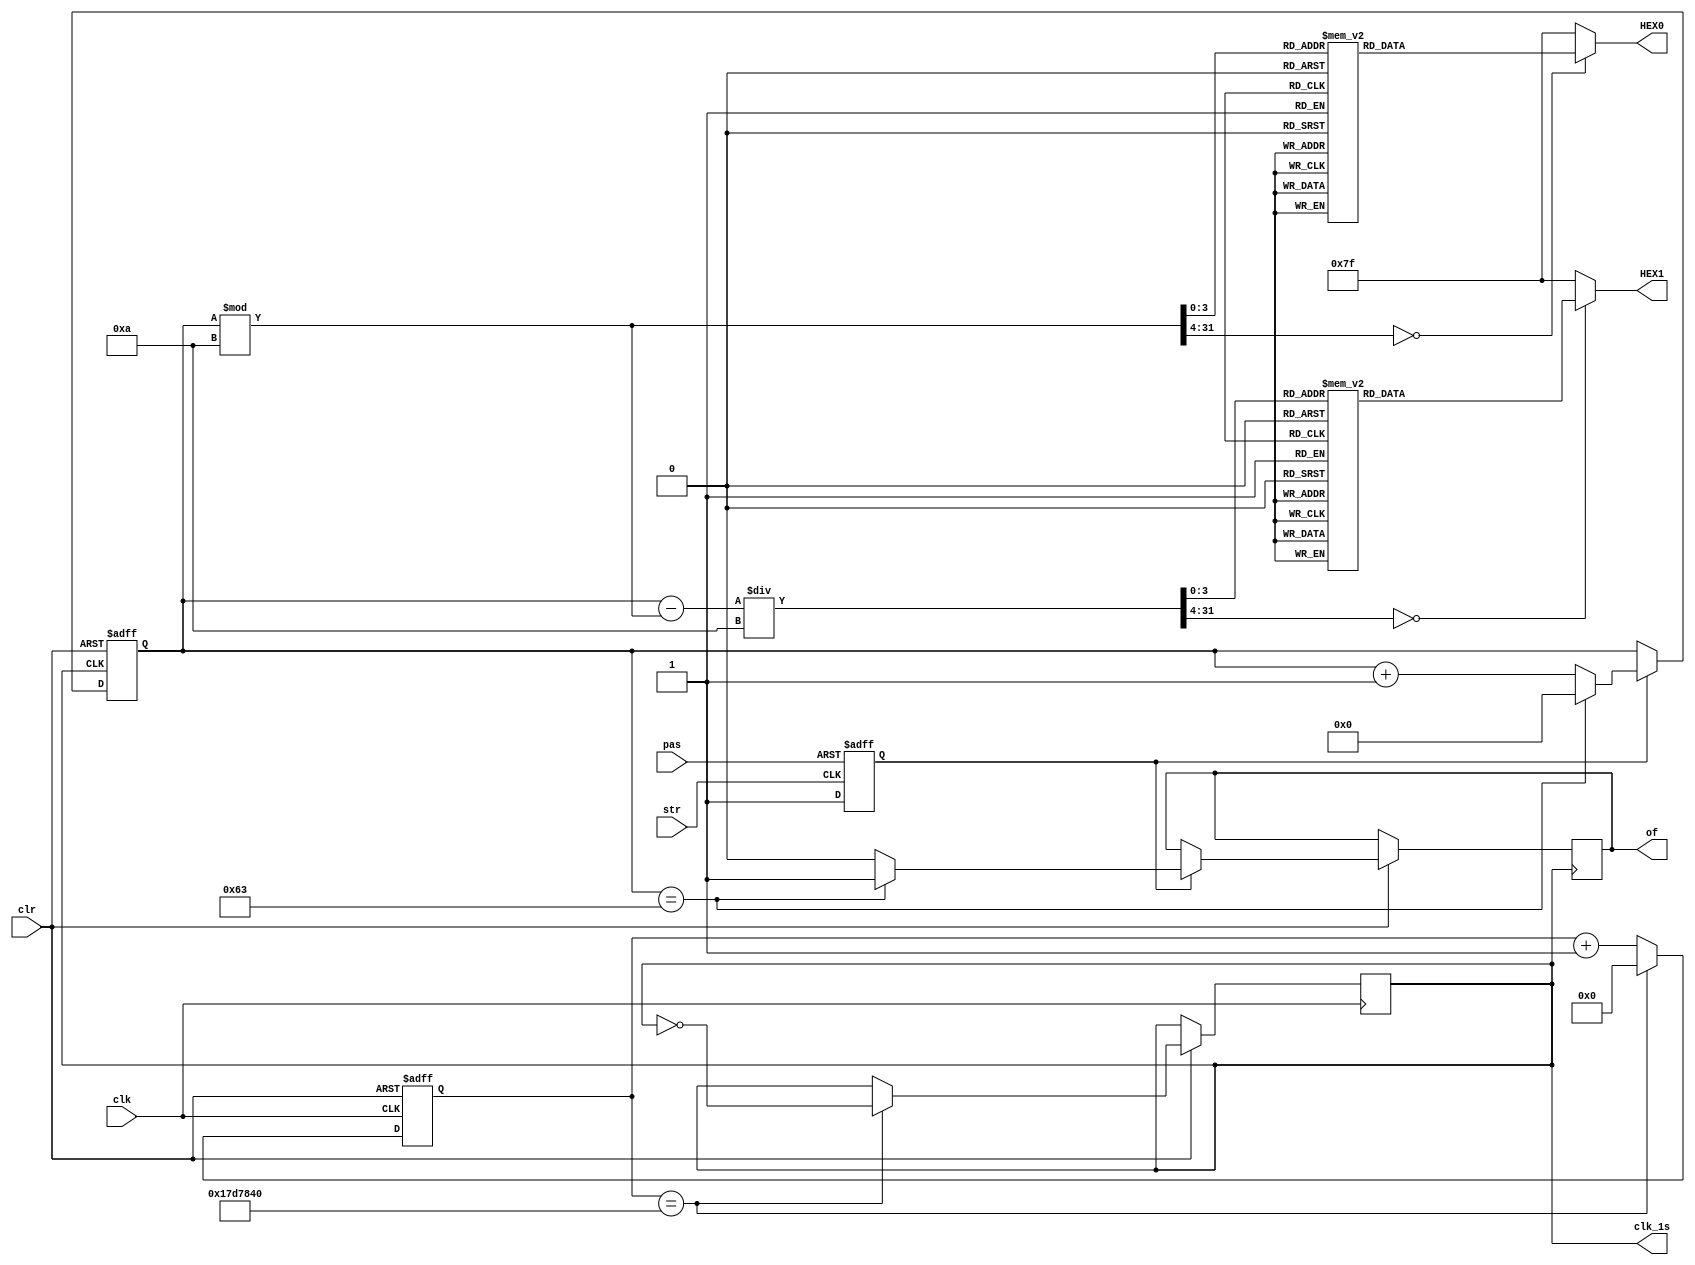
module Timer(clk,str,pas,clr,of,clk_1s,HEX0,HEX1);
	input clk;
	input str,pas,clr;
	output reg clk_1s,of;
	output reg [6:0] HEX0;
	output reg [6:0] HEX1;
	reg [7:0] count;
	reg [24:0] count_clk;
	reg en;
	
	initial begin
	count_clk=0;
	count=0;
	en=0;
	end
	
	always @(posedge clk or negedge clr)
	begin
			if(!clr)
				count_clk<=0;
			else if(count_clk==25000000)
			begin
				clk_1s<=~clk_1s;
				count_clk<=0;
			end
			else
				count_clk<=count_clk+1;			
	end
		
		
	always @(posedge clk_1s or negedge clr)
	begin
		if(!clr)
			count<=0;
		else if(!en)
			count<=count;
		else if(count==99)
		begin
			count<=0;
			of<=1;
		end
		else
		begin
			count<=count+1;	
			of<=0;
		end
	end
	
	always @(count)
	begin
		case (count%10)
			0: HEX0=7'b1000000;
			1: HEX0=7'b1111001;
			2: HEX0=7'b0100100;
			3: HEX0=7'b0110000;
			4: HEX0=7'b0011001;
			5: HEX0=7'b0010010;
			6: HEX0=7'b0000010;
			7: HEX0=7'b1111000;
			8: HEX0=7'b0000000;
			9: HEX0=7'b0010000;
			default: HEX0=7'b1111111;
		endcase
		case ((count-count%10)/10)
			0: HEX1=7'b1000000;
			1: HEX1=7'b1111001;
			2: HEX1=7'b0100100;
			3: HEX1=7'b0110000;
			4: HEX1=7'b0011001;
			5: HEX1=7'b0010010;
			6: HEX1=7'b0000010;
			7: HEX1=7'b1111000;
			8: HEX1=7'b0000000;
			9: HEX1=7'b0010000;
			default: HEX1=7'b1111111;
		endcase		
		
	end
	
	always @(negedge str or negedge pas)
	begin
		if(!pas)
			en<=0;
		else
			en<=1;
	end
	
	


endmodule